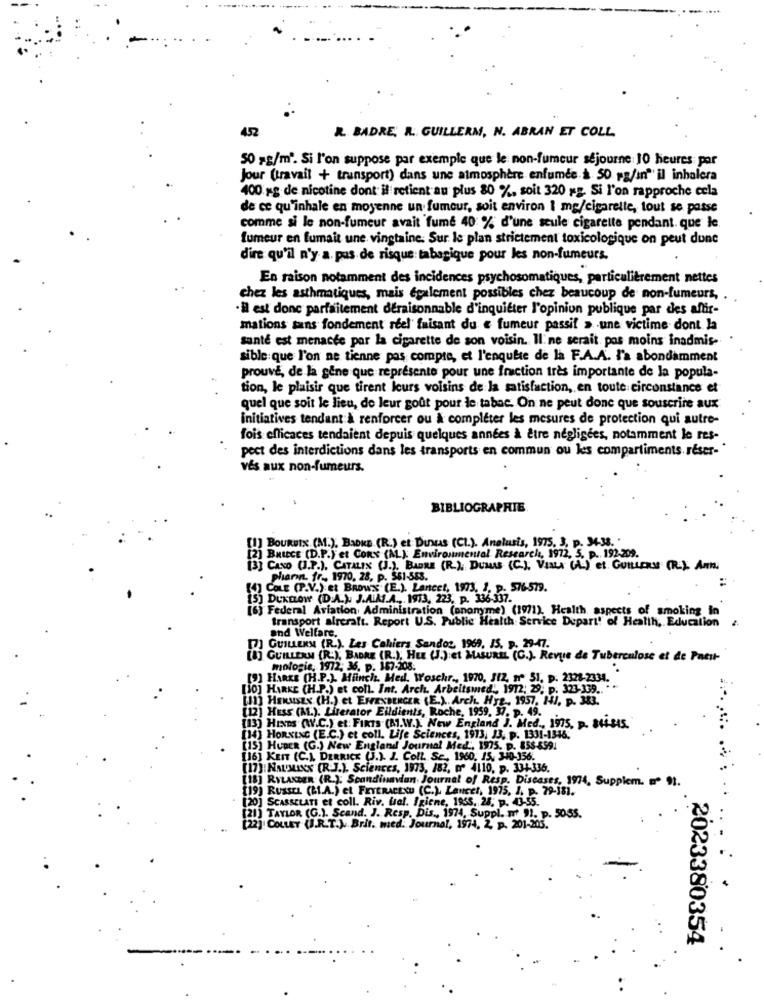
452
R. BADRE, R. GUILLERM, N. ABRAN ET COLL
50 g/m'. Si l'on suppose par exemple que le non-fumeur sejourne 10 heures par
Jour (travail + transport) dans une atmosphère enfumée & SO pg/in" il inhalera
400 gg de nicotine dont il retient au plus 80 %, soit 320 x2. Si l'on rapproche cela
de ce qu'inhale en moyenne un fumeur, soit environ 1 mg/cigarette, tout se passe
comme si le non-fumeur avait fume 40 % d'une seule cigarette pendant. que le
fumeur en fumait une vingtaine. Sur le plan strictement toxicologique on peut dune
dire qu'il n'y a. pas de risque: tabagique pour les non-fumeurs.
En raison notamment des incidences psychosomatiques, particulièrement nettes
chez les asthmatiques, mais également possibles chez beaucoup de non-fumeurs, .
·il est donc parfaitement deraisonnable d'inquiéter l'opinion publique par des affir-
mations sans fondement reel' faisant du « fumeur passif » -une victime dont la
santé est menacée por la cigarette de son voisin. Il ne serait pas moins inadmis-
sible que l'on ne tienne pas compte, et l'enquête de la F.A.A. l'a abondamment
prouve, de la gêne que représente pour une fraction très importante de la popula-
tion, le plaisir que tirent leurs voisins de la satisfaction, en toute circonstance et
quel que soit le lieu, de leur goût pour le tabac. On ne peut donc que souscrire aux
initiatives tendant à renforcer ou à compléter les mesures de protection qui autre-
fois efficaces tendaient depuis quelques années à être negligees, notamment le res-
pect des interdictions dans les transports en commun ou les compartiments. réser-"
vés aux non-fumeurs.
BIBLIOGRAPHIE
[1] BOURSIN (M.), BADKE (R.) et DUNAS (CI.). Analusis, 1975. 3, p. 34.38. .
[2] BHICCE (D.P.) et Cons (M.). Environmental Research, 1972, 5, p ., 192-209.
[3] CANO (J.P.). CATALIS (J.). BAORE (R.), DuMs (C.). VIaux (A) et GUIERS (R). Anm.
plann fr- 1970, 28, p. 561-563.
COLE (P.V.) et BROWN (E.). Lancet, 1973. 1. p. 576.579.
[5] DUKELOW (D.A.). J.ALAS.A ., 1973, 223, p. 336-337.
[6] Federal Aviation Administration (anonyme) (1971), Health aspects of smoking in
transport aircraft. Report U.S. Public Health Service Depart! of Health, Education z.
and Welfare.
DJ GUILLEKM (R.). Les Cahiers Sandoz, 1969, IS. p. 29-47.
] GUILLERM (R.), BADRE (R.), HEL (J.):et MASURIL (C.). Revue de Tuberculose et de Paest-
mologie, 1972; 36. p. 167-208:
[9] HARKS (H.P.). Miinch. Med. Woschr ., 1970, JIZ, nº 51, p. 2328-2334.
[10] HIRKE (H.P.) et coll. Int. Arch. Arbeitswied", 1972; 29, p. 323-339 .. **
[11] HERMSEN (H.) et EFFENBERGER (E.) .. Arch. Hyz ., 1957, 14), p. 383.
[12] HESS (AL.). Lirerator Eildients, Roche, 1959, 37, p. 49.
[13] HINTS (W.C.) et: FIRTS (M.W.). New England J. Med. 1975, p. 844815.
[14] HORNING (E.C.) et coll. Life Sciences, 1913, 13, p. 1331-1346,
[15] HUDER (G.) New England Journal Med ., 1975. p. 858-6591
[16] KEIT (C.), DERRICK (J.). J. ColL Sc ., 1960, 15, 340-356.
[17]:NALMINS (R.J.). Sciences, 1973, 182, ₥ 4110, p. 334-336.
[18] RYLANDER (R.); Scandinavian Journal of Resp. Diseases, 1974, Supplem. º 91.
(19) RussEL (h.A.) et FEYERACENU (C.). Lancer, 1975, J. p. 79-181.
[20] SCASSELATI et coll. Riv. Ual. Igiene, 1953, 25. p. 43-55.
[21] TAYLOR (G.). Scand. J. Resp. Dis ., 1974, Suppl. m 91. p. 5055.
[22] COLLEY (.R.T.) .. Brit. med. Journal, 1974, 2, p. 201-205.
2023380354